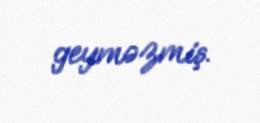
geyməzmiş.